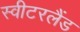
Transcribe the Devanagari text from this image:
स्‍वीटरलैंड